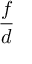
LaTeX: \frac { f } { d }